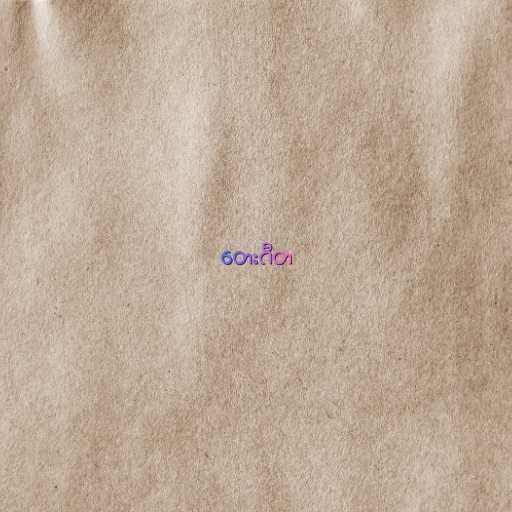
တေးဂီတ